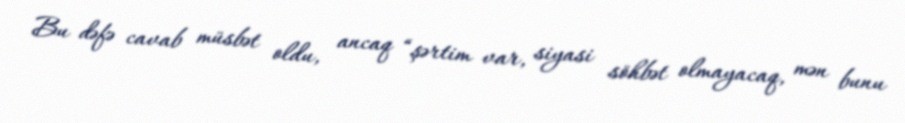
Bu dəfə cavab müsbət oldu, ancaq “şərtim var, siyasi söhbət olmayacaq, mən bunu